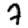
Digit: 7